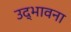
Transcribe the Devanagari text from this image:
उद्‌भावना